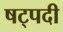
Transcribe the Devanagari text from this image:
षट्‍पदी